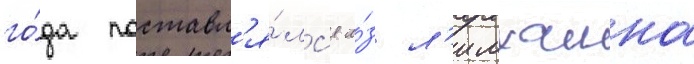
го́да поставл'я́лс'я и́з л'имхамна